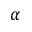
\alpha